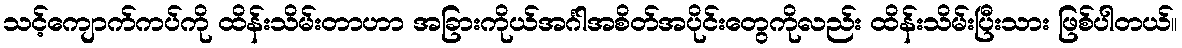
သင့်ကျောက်ကပ်ကို ထိန်းသိမ်းတာဟာ အခြားကိုယ်အင်္ဂါအစိတ်အပိုင်းတွေကိုလည်း ထိန်းသိမ်းပြီးသား ဖြစ်ပါတယ်။